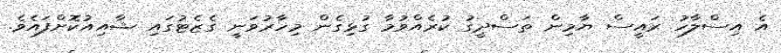
އެ އިސްލާހު ރައީސް ޔާމިން ތަސްދީގު ކުރެއްވުމާ ގުޅިގެން މިހާރުވަނީ ގެޒެޓުގައި ޝާއިއުކޮށްފައެވެ.